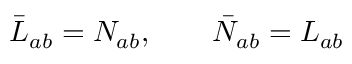
\bar { L } _ { a b } = N _ { a b } , \qquad \bar { N } _ { a b } = L _ { a b }